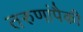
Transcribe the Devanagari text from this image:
तरुणांपैकी